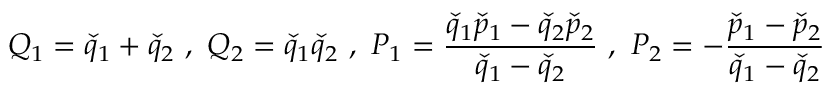
Q _ { 1 } = \check { q } _ { 1 } + \check { q } _ { 2 } \, \, , \, \, Q _ { 2 } = \check { q } _ { 1 } \check { q } _ { 2 } \, \, , \, \, P _ { 1 } = \frac { \check { q } _ { 1 } \check { p } _ { 1 } - \check { q } _ { 2 } \check { p } _ { 2 } } { \check { q } _ { 1 } - \check { q } _ { 2 } } \, \, , \, \, P _ { 2 } = - \frac { \check { p } _ { 1 } - \check { p } _ { 2 } } { \check { q } _ { 1 } - \check { q } _ { 2 } }